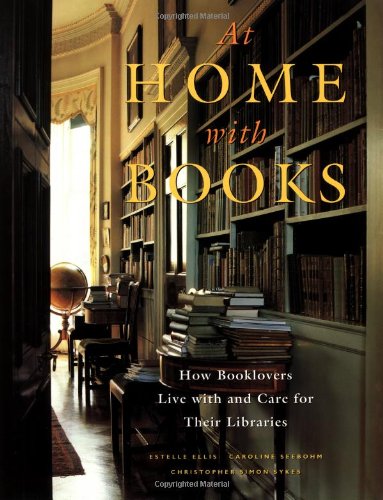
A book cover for At Home with Books: How Booklovers Live with and Care for Their Libraries; Estelle Ellis; Crafts, Hobbies & Home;